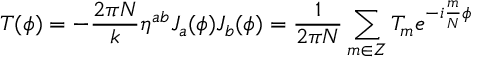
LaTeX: T ( \phi ) = - \frac { 2 \pi N } { k } \eta ^ { a b } J _ { a } ( \phi ) J _ { b } ( \phi ) = \frac { 1 } { 2 \pi N } \sum _ { m \in \cal { Z } } T _ { m } e ^ { - i \frac { m } { N } \phi }